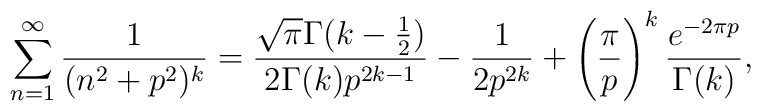
\sum _{n=1}^\infty \frac{1}{(n^2+p^2)^k}=\frac{\sqrt{\pi}\Gamma(k-\frac{1}{2})}{2\Gamma(k)p^{2k-1}}-\frac{1}{2p^{2k}}+\left( \frac{\pi}{p} \right)^k\frac{e^{-2\pi p}}{\Gamma(k)},